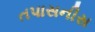
તપાસનીસ